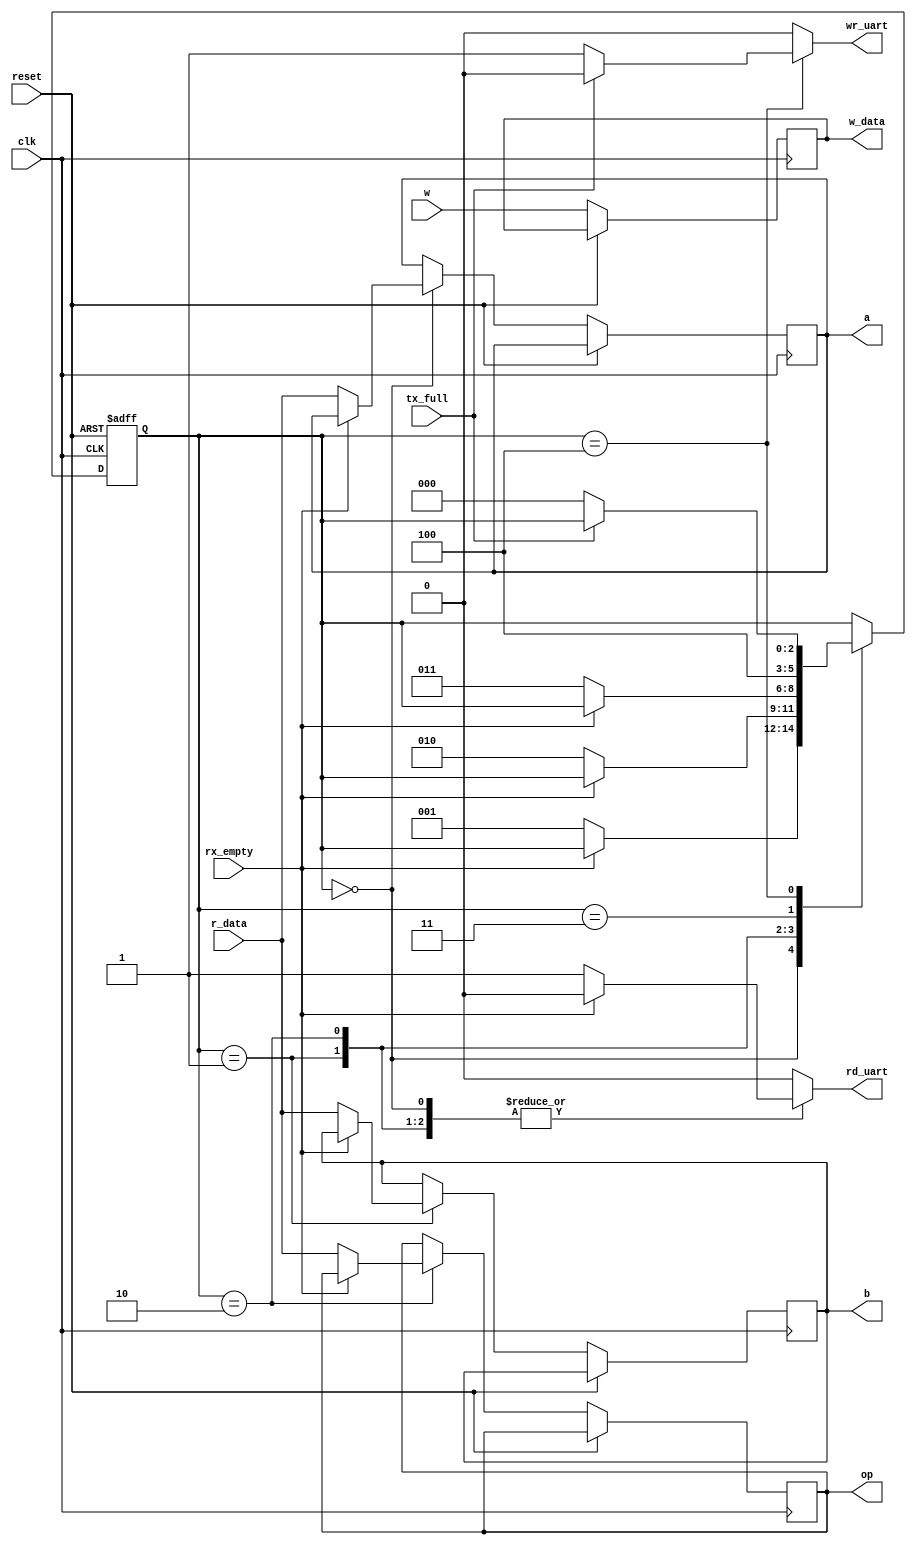
`timescale 1ns / 1ps
//////////////////////////////////////////////////////////////////////////////////
// Company: 
// Engineer: 
// 
// Design Name: 
// Module Name:    interfaz 
// Project Name: 
// Target Devices: 
// Tool versions: 
// Description: 
//
// Dependencies: 
//
// Revision: 
// Revision 0.01 - File Created
// Additional Comments: 
//
//////////////////////////////////////////////////////////////////////////////////
module interfaz #(parameter REG_SIZE=8)
					(  input wire clk, reset, 
						output reg rd_uart, wr_uart, 
						output reg [7:0] w_data , 
						input wire tx_full ,rx_empty, 
						input wire [7:0] r_data,
						
						output reg signed[REG_SIZE-1:0]a,
						output reg signed[REG_SIZE-1:0]b,
						output reg [REG_SIZE-1:0]op,
						input signed [REG_SIZE-1:0]w
					);

localparam  [2:0]
	num1  =  3'b000, 
	num2  =  3'b001, 
	opr   =  3'b010,
	wr		=  3'b011,
	send	=	3'b100;
	
reg [2:0] state, next_state;
reg [REG_SIZE-1:0] a_state, b_state, op_state;

always @(posedge clk, posedge reset) 
begin
	if (reset)
		begin
			state = num1;
		end
	else
		begin
			state = next_state;
			a = a_state;
			b = b_state;
			op = op_state;
			w_data = w;
		end
end

always @*
begin
	next_state = state;	
	a_state = a;
	b_state = b;
	op_state = op;
	case(state)
		num1:
			if(~rx_empty)
				begin
					a_state = r_data;
					next_state = num2;
					rd_uart = 1'b1;
					wr_uart = 1'b0;
				end
			else 
				begin
					rd_uart= 1'b0;
					wr_uart = 1'b0;
				end
		num2:
			if(~rx_empty)
				begin
					b_state = r_data;
					next_state = opr;
					rd_uart = 1'b1;
					wr_uart = 1'b0;
				end
			else 
				begin
					rd_uart= 1'b0;
					wr_uart = 1'b0;
				end
		opr:
			if(~rx_empty)
				begin
					op_state = r_data;
					next_state = wr;	
					rd_uart = 1'b1;
					wr_uart = 1'b0;
				end
			else 
				begin
					rd_uart= 1'b0;
					wr_uart = 1'b0;
				end
		wr:
			begin
				wr_uart = 1'b0;
				rd_uart= 1'b0;
				next_state= send;
			end
		send:
			if(~tx_full)
				begin
					wr_uart = 1'b1;
					rd_uart= 1'b0;
					next_state= num1;
				end
			else 
				begin
					rd_uart= 1'b0;
					wr_uart = 1'b0;
				end
	   default:
			begin
				wr_uart = 1'b0;
				rd_uart= 1'b0;
			end
	endcase
end

endmodule